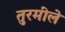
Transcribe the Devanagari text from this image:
तुरमीले